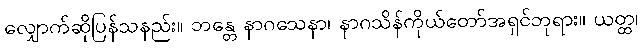
လျှောက်ဆိုပြန်သနည်း။ ဘန္တေ နာဂသေနာ၊ နာဂသိန်ကိုယ်တော်အရှင်ဘုရား။ ယတ္ထ၊